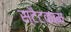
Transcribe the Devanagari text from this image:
स्टैटकाम